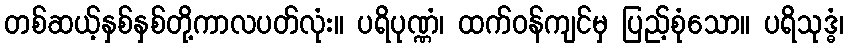
တစ်ဆယ့်နှစ်နှစ်တို့ကာလပတ်လုံး။ ပရိပုဏ္ဏံ၊ ထက်ဝန်ကျင်မှ ပြည့်စုံသော။ ပရိသုဒ္ဓံ၊